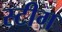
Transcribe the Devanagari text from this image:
स्टीग